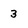
Character: 3